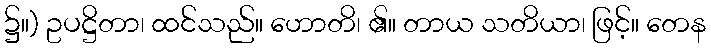
၌။) ဥပဋ္ဌိတာ၊ ထင်သည်။ ဟောတိ၊ ၏။ တာယ သတိယာ၊ ဖြင့်။ တေန